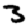
Digit: 3